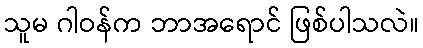
သူမ ဂါဝန်က ဘာအရောင် ဖြစ်ပါသလဲ။